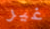
غير